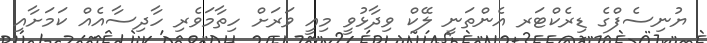
ޔުނިސެފްގެ ޑިރެކްޓަރ އެންތަނީ ލޭކް ވިދާޅުވީ މިއީ ވަރަށް ހިތާމަވެރި ހާދިސާއެއް ކަމަށާއި